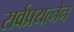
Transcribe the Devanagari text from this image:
सर्वप्रयत्नेन